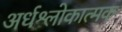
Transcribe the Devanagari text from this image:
अर्धश्लोकात्मक